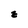
Character: z